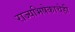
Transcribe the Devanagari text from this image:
राज्यभिषेकाचेही